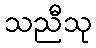
သညီသု